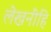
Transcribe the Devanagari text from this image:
लेखनींहि